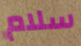
سلام